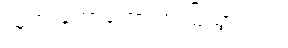
သူက တော်တော် အံ့ဩသွားပုံပဲ။